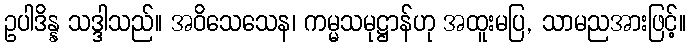
ဥပါဒိန္န သဒ္ဒါသည်။ အဝိသေသေန၊ ကမ္မသမုဋ္ဌာန်ဟု အထူးမပြ, သာမညအားဖြင့်။